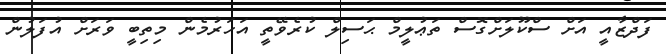
ފަދްޒާއީ އަށް ސްކޫލަށްގޮސް ތަޢުލީމް ޙަސިލް ކުރެވޭތީ އަހަރުމެން މިތިބީ ވަރަށް އުފަލުން